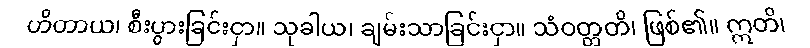
ဟိတာယ၊ စီးပွားခြင်းငှာ။ သုခါယ၊ ချမ်းသာခြင်းငှာ။ သံဝတ္တတိ၊ ဖြစ်၏။ ဣတိ၊